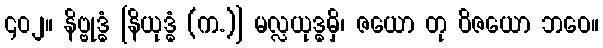
၄၀၂။ နိဗ္ဗုဒ္ဓံ [နိယုဒ္ဓံ (က.)] မလ္လယုဒ္ဓမှိ၊ ဇယော တု ဝိဇယော ဘဝေ။